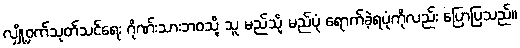
လျှို့ဝှက်သုတ်သင်ရေး ဂိုဏ်းသားဘဝသို့ သူ မည်သို့ မည်ပုံ ရောက်ခဲ့ရပုံကိုလည်း ပြောပြသည်။